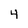
Character: 4